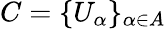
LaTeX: C=\{ U_{\alpha}\} _{\alpha\in A}